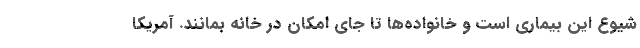
شیوع این بیماری است و خانواده‌ها تا جای امکان در خانه بمانند. آمریکا